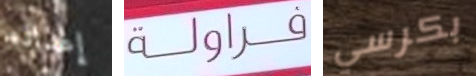
إعداده فراولة بكرسي